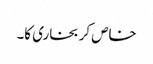
خاص کر بخاری کا۔